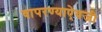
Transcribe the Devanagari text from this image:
वापरण्याऐवजी